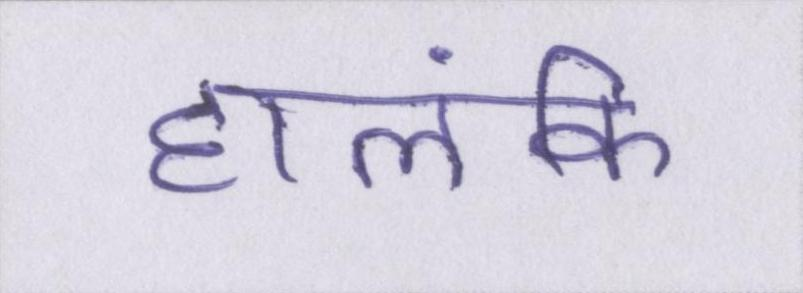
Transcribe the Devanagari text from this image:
हालंकि